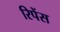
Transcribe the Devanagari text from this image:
रिपेंस